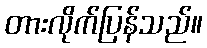
တားလိုက်ပြန်သည်။